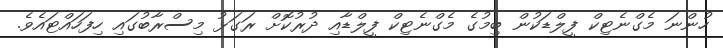
ހުންނަ މެގްނެޓިކް ފީލްޑަކުން ބިމުގެ މެގްނެޓިކް ފީލްޑާއި ދުރުކޮށް ރަގަޅު މިސްރާބުގައި ހިފަހައްޓައެވެ.